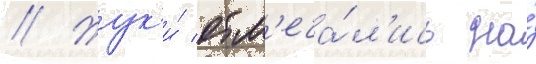
// Жук'и́ отм'еча́л'ись на́